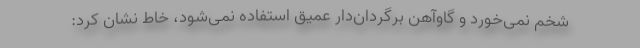
شخم نمی‌خورد و گاوآهن برگردان‌دار عمیق استفاده نمی‌شود، خاط نشان کرد: